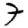
Digit: 7